Calcutta medical institutions reports 1879-81 [i.e.91]
Year: 1879
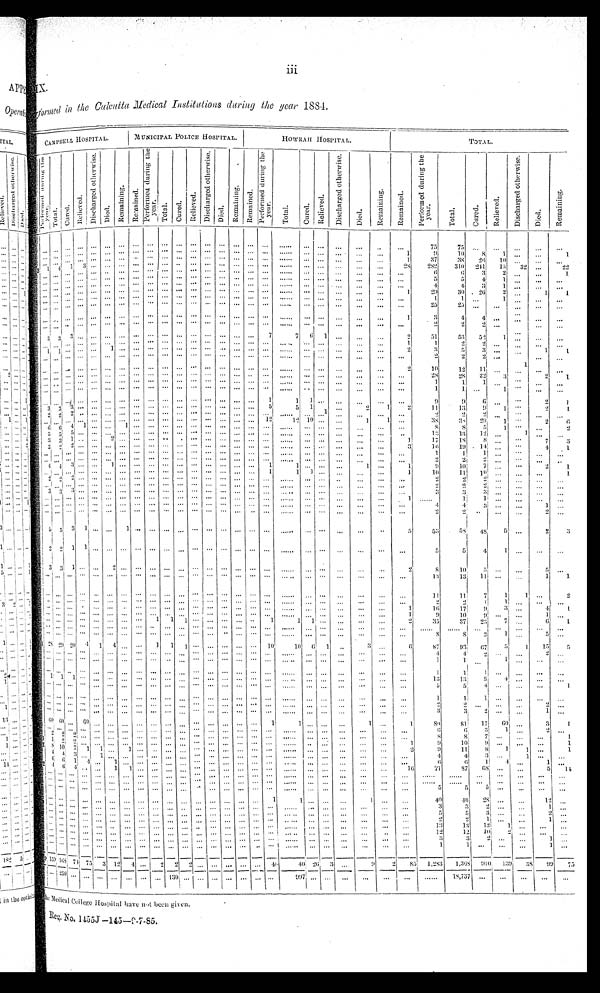
IX.
formed in the Calcutta Medical Institutions during the year 1884.
CAMPBELL HOSPI TAL.
MUNICIPAL POLICE HOSPITAL.
HOWRAH HOSPITAL.
TOTAL.
P e r f o r m e d d u r i n g t h e y e a r .
Tot al . Cu r e d .
R e l i e v e d .
D i s c h a r g e d o t h e r w i s e .
Di ed.
Re ma i n i n g .
R e m a i n e d . P e r f o r m e d d u r i n g t h e y e a r .
Tot al . Cur e d. R e l i e v e d .
D i s c h a r g e d o t h e r w i s e .
Di e d .
R e ma i n i n g .
R e m a i n e d .
P e r f o r m e d d u r i n g t h e y e a r .
Tot al . Cur e d.
Re l i e v e d .
D i s c h a r g e d o t h e r w i s e .
Di ed.
R e ma i n i n g .
Remained.
P e r f o r m e d d u r i n g t h e y e a r .
T o t a l .
Cur ed.
R e l i e v e d . D i s c h a r g e d o t h e r w i s e .
Di ed.
R e m a i n i n g .
. . . .
. . . . . . . .
. . . . . . . . . . . . . . . . . . . . . .
. .
. . . .
. .
. .
. .
. .
7 5
7 5
. .
. .
. .
. .
. .
. . . .
. . . . . . . . . . . . . . . . . . . . . . . . . . . . . .
. .
. . . .
. .
. .
. .
1
9
1 0
8
1
. . . .
1
. . . . . . . .
. . . . . . . .
. . . . . . . . . . . . . . . . . .
. .
. . . .
. .
. .
. .
1
3 7
3 8
2 6
1 0
. . . .
. .
1 4 1 3 . . . . . . . . . . . . . . . . . . . . . . . . . .
. .
. . . .
. .
. .
. .
2 8
2 8 2
3 1 0
2 4 1
1 5 3 2
. .
2 2
. . . . . . . . . . . . . . . . . . . . . . . . . . . . . . . . . .
. .
. . . .
. .
. .
. .
. .
6
6
3
2
. . . .
1
. . . . . . . . . . . . . . . . . . . . . . . . . . . . . . . . . .
. .
. . . .
. .
. .
. .
. .
5
5
4
1 . .
. .
. .
. . . . . . . .
. . . .
. . . . . . . . . . . . . . . . . . . . . .
. .
. . . .
. .
. .
. .
. .
4
4
3
1 . .
. .
. .
. . . . . .
. . . . . . . . . . . . . . . . . . . . . . . . . . . .
. .
. . . .
. .
. .
. .
1
2 9
3 0
2 6
2
. .
1
1
. . . . . . . . . . . . . . . . . . . . . . . . . . . . . . . . . .
. .
. . . .
. .
. .
. .
. .
1
1 . .
1
. . . .
. .
. . . . . . . . . . . .
. . . . . . . . . . . . . . . . . . . . . . .
. .
. . . .
. .
. .
. .
. .
2 5
2 5 . .
. .
. . . .
. .
. .
. . . . . . . . . . . . . . . . . . . . . . . . . . . . . . . .
. .
. . . .
. .
. .
. .
1
3
4
4
. .
. .
. . . .
. . . . . . . . . . . . . . . . . . . . . . . . . . . . . . . . . .
. .
. . . .
. .
. .
. .
. .
2
2
2 . .
. . . .
. .
3 3
3 . . . . . . . . . . . . . . . . . . . . . . . . . .
7
7 6 1 . .
. . . .
2
5 1
5 3
5 2
1 . .
. .
. .
. . . . . . . .
. . . . . . . . . . . . . . . . . . . . . . . . . .
. .
. . . .
. .
. .
. .
1
1
2
2 . .
. .
. .
. .
1
1 . . . . . . 1
. . . . . . . . . . . . . . . . . . . . . .
. .
. . . .
. .
. .
. .
2
3
5
3
. .
. .
1
1
. . . . . . . . . . . . . . . . . . . . . . . . . . . . . . . . . .
. .
. . . .
. .
. .
. .
. .
2
2
2
. .
1 . .
. .
. . . . . . . . . . . . . . . . . . . . . . . . . . . . . . . . . .
. .
. . . .
. .
. .
. .
2
1 0
1 2
1 1
. .
. . . .
. .
. . . . . . . . . .
. . . . . . . . . . . . . . . . . . . . . . . .
. . . . . .
. .
. .
. . . .
2 8
2 8
2 2
3 . .
2
1
. . . . . . . . . . . . . . . . . . . . . . . . . . . . . . . . . .
. .
. . . .
. .
. .
. .
. .
1
1
1
. . . .
. .
. .
. . . . . . . . . . . . . . . . . . . . . . . . . . . . . . . . . .
. . . . . .
. .
. .
. .
. .
1
1 . .
1
. .
. .
. .
. . . . . . . . . . . . . . . . . . . . . . . . . . . . . . . .
1
1 1 . .
. .
. .
. .
. .
9
9
6
. . . .
2
1
3
3 3 . . . . . . . . . . . . . . . . . . . . . . . . . . 5
5 1 1 . .
2
1
2
1 1
1 3
9 1
. .
2
1
2
2 2 . . . . . . . . . . . . . . . . . . . . . . . . . . . .
. . . . . .
. . . .
. .
. .
2
2
2
. .
. .
. . . .
. . . . . . . . . . . . . . . . . . . . . . . . . . . . . . . . 1 2
1 2
1 0 . .
. .
1
1 . .
3 8
3 8
2 9
1 . .
2
6
6 6
4 1 . . . . 1 . . . . . . . . . . . . . .
. . . . . .
. .
. . . .
. .
. .
. .
. .
8
8
5
1
. .
. .
2
5
5 5 . . . . . . . . . . . . . . . . . . . . . . . . . . . .
. . . . . .
. .
. . . .
. .
1 3
1 3
1 2
. .
1 . .
. .
3 3 1
. . . . 2 . . . . . . . . . . . . . . . . . . . . . .
. .
. . . .
. .
. .
. .
1
1 7
1 8
8
. .
. .
7
3
2
2 2 . . . . . . . . . . . . . . . . . .
. . . . . . . . . .
. . . . . . . .
. .
. .
3
1 6
1 9
1 4 . .
. .
4
1
. . . . . . . . . . . . . . . . . . . . . . . . . . . . . . . . . .
. .
. . . .
. .
. . . .
. .
1
1
1
. . . .
. . . .
. . . . . . . . . . . . . . . . . . . . . . . . . . . . . . . . . .
. .
. . . .
. .
. .
. .
. .
2
2
2 . .
. . . .
. .
4
4 3 . . . . 1
. . . . . . . . . . . . . . . . . . . . 1
1
. . . .
. .
1 . .
1
9
1 0
7 . .
. .
2
1
. . . . . . . . . . . . . . . . . . . . . . . . . . . . . . . .
1
1
1 . .
. .
. .
. .
1
1 0
1 1
1 0 . .
. . . .
1
2
2 2 . . . . . . . . . . . . . . . . . . . . . . . . . . . .
. . . . . .
. . . .
. .
. .
2
2
2
. .
. .
. . . .
. . . .
. . . . . . . . . . . . . . . . . . . . . . . . . . . . . .
. . . . . .
. .
. .
. .
. .
2
2
2 . .
. .
. .
. .
3
3 3 . . . . . . . . . . . . . . . . . . . . . . . . . . . .
. .
. . . .
. .
. .
. .
. .
3
3
3
. .
. .
. .
. .
. . . . . . . . . . . . . . . . . . . . . . . . . . . . . . . . . .
. . . . . .
. .
. .
. .
1
. .
1
1
. .
. .
. .
. .
. . . . . . . . . . . . . . . . . . . . . . . . . . . . . . . . . . .
. .
. . . .
. .
. .
. .
. .
4
4
3
. .
. .
1 . .
. . . . . . . . . . . . . . . . . . . . . . . . . . . . . . . . . .
. .
. . . .
. .
. .
. .
. .
2
2
. . . .
. .
2 . .
5
5 3 1 . . . . 1 . . . . . . . . . . . . . . . . . . . .
. .
. . . .
. .
. .
. .
5
5 3
5 8
4 8
5 . .
2
3
2
2 1 1 . . . . . . . . . . . . . . . . . . . . . . . . . .
. .
. . . .
. .
. .
. .
. .
5
5
4
1
. .
. . . .
3
3 1 . . . . 2 . . . . . . . . . . . . . . . . . . . . . .
. .
. . . .
. .
. .
. .
2
8
1 0
5
. .
. .
5
. .
. . . . . . . . . . . . . . . . . . . . . . . . . . . . . . . . . .
. .
. . . .
. .
. .
. .
. .
1 3
1 3
1 1 . .
. .
1
1
. . . . . . . . . . . . . . . . . . . . . . . . . . . . . . . . . .
. . . . . .
. . .
. . . .
. .
1 1
1 1
7
1
1 . .
2
. . . . . . . . . . . . . . . . . . . . . . . . . . . . . . . . . .
. .
. . . .
. .
. . . .
. .
2
2
1
1
. .
. .
. .
. . . . . . . . . . . . . . . . . . . . . . . . . . . . . . . . . .
. .
. . . .
. .
. .
. .
1
1 6
1 7
9
3
. .
4
1
. . . . . . . . . . . . . . . . . . . . . . . . . . . . . . . . . .
. .
. . . .
. .
. .
. .
1
9
1 0
9
. .
. .
1
. .
. . . . . . . . . . . . . .
. . 1 1 1 . . . . . . . . . . 1
1
1 . .
. .
. .
. .
2
3 5
3 7
2 3
7
. .
6
1
. .
. . . . . . . . . . . . . . . . . . . . . . . . . . . . . . . . .
. .
. . . .
. . .
. .
. .
. .
. .
. . . .
. .
. .
. .
. .
. .
. . . . . . . . . . . . . . . . . . . . . . . . . . . . . . . . . .
. . . .
. .
. .
. .
. .
8
8
2
1
. .
5
1
2 8
2 9 2 0 4 1 4 . . . . 1 1 1 . . . . . . . . . . 1 0
1 0 6 1
. .
3
. .
6
8 7
9 3
6 7
5
1
1 5
5
. . . . . . . . . . . . . . . . . . . . . . . . . . . . . . . . . .
. .
. . . .
. .
. .
. .
. .
4
4
2 . .
. .
2
. .
. .
. . . . . . . . . . . . . . . . . . . . . . . . . . . . . . . .
. .
. . . . . .
. .
. .
. .
1
1
. .
1
. .
. .
. .
. . . . . . . . . . . . . . . . . . . . . . . . . . . . . . . . . .
. .
. . . .
. .
. .
. .
. .
1
1 1
. .
. .
. . . .
1
1 1 . . . . . .
. . . . . . . .
. . . . . . . . . . . . . .
. .
. . . .
. .
. .
. .
. .
1 3
1 3
5
4
. .
. .
. .
. .
. . . . . . . . . . . . . . . . . . . . . . . . . . . . . . . .
. .
. . . .
. .
. .
. .
. .
5
5
4
. .
. .
. .
1
. . . .
. . . .
. . . . . . . . . . . . . . . . . . . . . . . . . .
. . . . . .
. .
. .
. .
. .
1
1
1
. . . .
. .
. .
. . . . . . . . . . . . . . . . . . . . . .
. . . . . . . . . . . .
. .
. . . .
. .
. . . .
. .
2
2
. .
. . . .
2
. .
. . . . . . . . . . . . . . . . . . . . . .
. . . . . . . . . . . .
. .
. . . .
. .
. .
. .
. .
3
3 2
. .
. .
1
. .
6 0 6 0 . . 6 0 . . . . . . . . . . . . . . . . . . . . . . . . 1 1
. . . .
. .
1 . .
1
8 0
8 1
1 7
6 0 . .
3
1
. . . . . . . . . .
. . . . . . . . . . . . . . . . . . . . . . . .
. .
. . . .
. .
. .
. .
. .
6
6
3
1 . .
2
. .
2
2 2 . . . . . . . . . . . . . .
. . . . . . . . . . . . . .
. .
. . . .
. .
. .
. .
. .
8
8
7
. .
. .
. .
1
1
2 2 . . . . . . . . . . . . . . . . . . . . . . . . . . . .
. .
. . . .
. .
. .
. .
1
9
1 0
9 . .
. .
. .
1
8
1 0 7 1 1 . . 1 . . . . . . . . . . . . . . . . . . . .
. . . . . .
. .
. .
. .
2
9
1 1
8 1
1
. .
1
4
4 3 . . 1 . . . . . . . . . . . . . . . . . . . . . . . .
. . . . . .
. .
. .
. .
. .
4
4
3
. .
1
. .
. .
6
6 1 4 . . 1 . . . . . . . . . . . . . . . . . . . . . .
. . . . . .
. .
. .
. .
. .
6
6 1
4
. .
1
. .
4
6 4 . . . . 1 1 . . . . . . . . . . . . . . . . . . . .
. . . . . .
. .
. .
. .
1 6 7 1
8 7
6 8 . .
. .
5
1 4
. . . . . . . . . . . . . . . . . . . . . . . . . . . . . . . . . .
. .
. . . .
. .
. .
. .
. .
. .
. .
. .
. .
. .
. .
. .
. . . . . . . . . . . . . . . . . . . . . . . . . . . . . . . . . .
. .
. . . .
. .
. .
. .
. .
. .
. .
. .
. .
. .
. .
. .
. .
. . . . . . . . . . . . . . . . . . . . . . . . . . . . . . . .
. .
. . . .
. .
. .
. .
. .
5 5
5
. .
. .
. .
. .
. .
. . . . . . . . . . . . . . . . . . . . . . . . . . . . . . 1 1
. .
. .
. .
1 . .
. .
4 0
4 0
2 8
. .
. .
1 2
. .
. . . . . . . . . . . . . . . . . . . . . . . . . . . . . . . . . .
. .
. . . .
. .
. .
. .
. .
3 3
2
. .
. .
1
. .
. . . .
. . . . . . . . . . . . . . . . . . . . . . . . . . . . . .
. . . . . .
. .
. .
. .
. .
5 5
3
. .
. .
2
. .
. . . . . . . . . . . . . . . . . . . . . . . . . . . . . . . . . .
. . . . . .
. .
. .
. .
. .
2
2
1
. .
. .
1
. .
. . . . . . . . . . . . . . . . . . . . . . . . . . . . . . . . . .
. . . . . .
. .
. .
. .
. .
1 3
1 3
1 2 1
. .
. .
. .
. . . . . . . . . . . . . . . . . . . . . . . . . . . . . . . . . .
. . . . . .
. .
. .
. .
. .
1 2
1 2 1 0
2
. .
. .
. .
. .
. . . . . . . . . . . . . . . . . . . . . . . . . . . . . . . .
. . . . . . .
. .
. .
. .
. .
3 3
2
. .
. .
1 . .
. .
. . . .
. . . . . . . . . . . . . . . . . . . . . . . . . . . .
. . . . . .
. .
. .
. .
. .
1 1
. .
. .
. .
1
. .
1 5 9
1 6 8 7 1 7 5 3
1 2 4 . . 2 2 2
. . . . . . . . . . 4 0
4 0 2 6 3
. .
9 2
8 5
1 , 2 8 3
1 , 3 6 8
9 1 0
1 3 9
3 8
9 9
7 5
. .
2 5 9 . . . . . . . . . . . . . . 1 3 0 . .
. . . . . . . . . . . .
9 9 7
. . . .
. .
. .
. .
. .
. .
the Medical College Hospital have not been given.
Reg. No. 1455J—145—9-7-85.